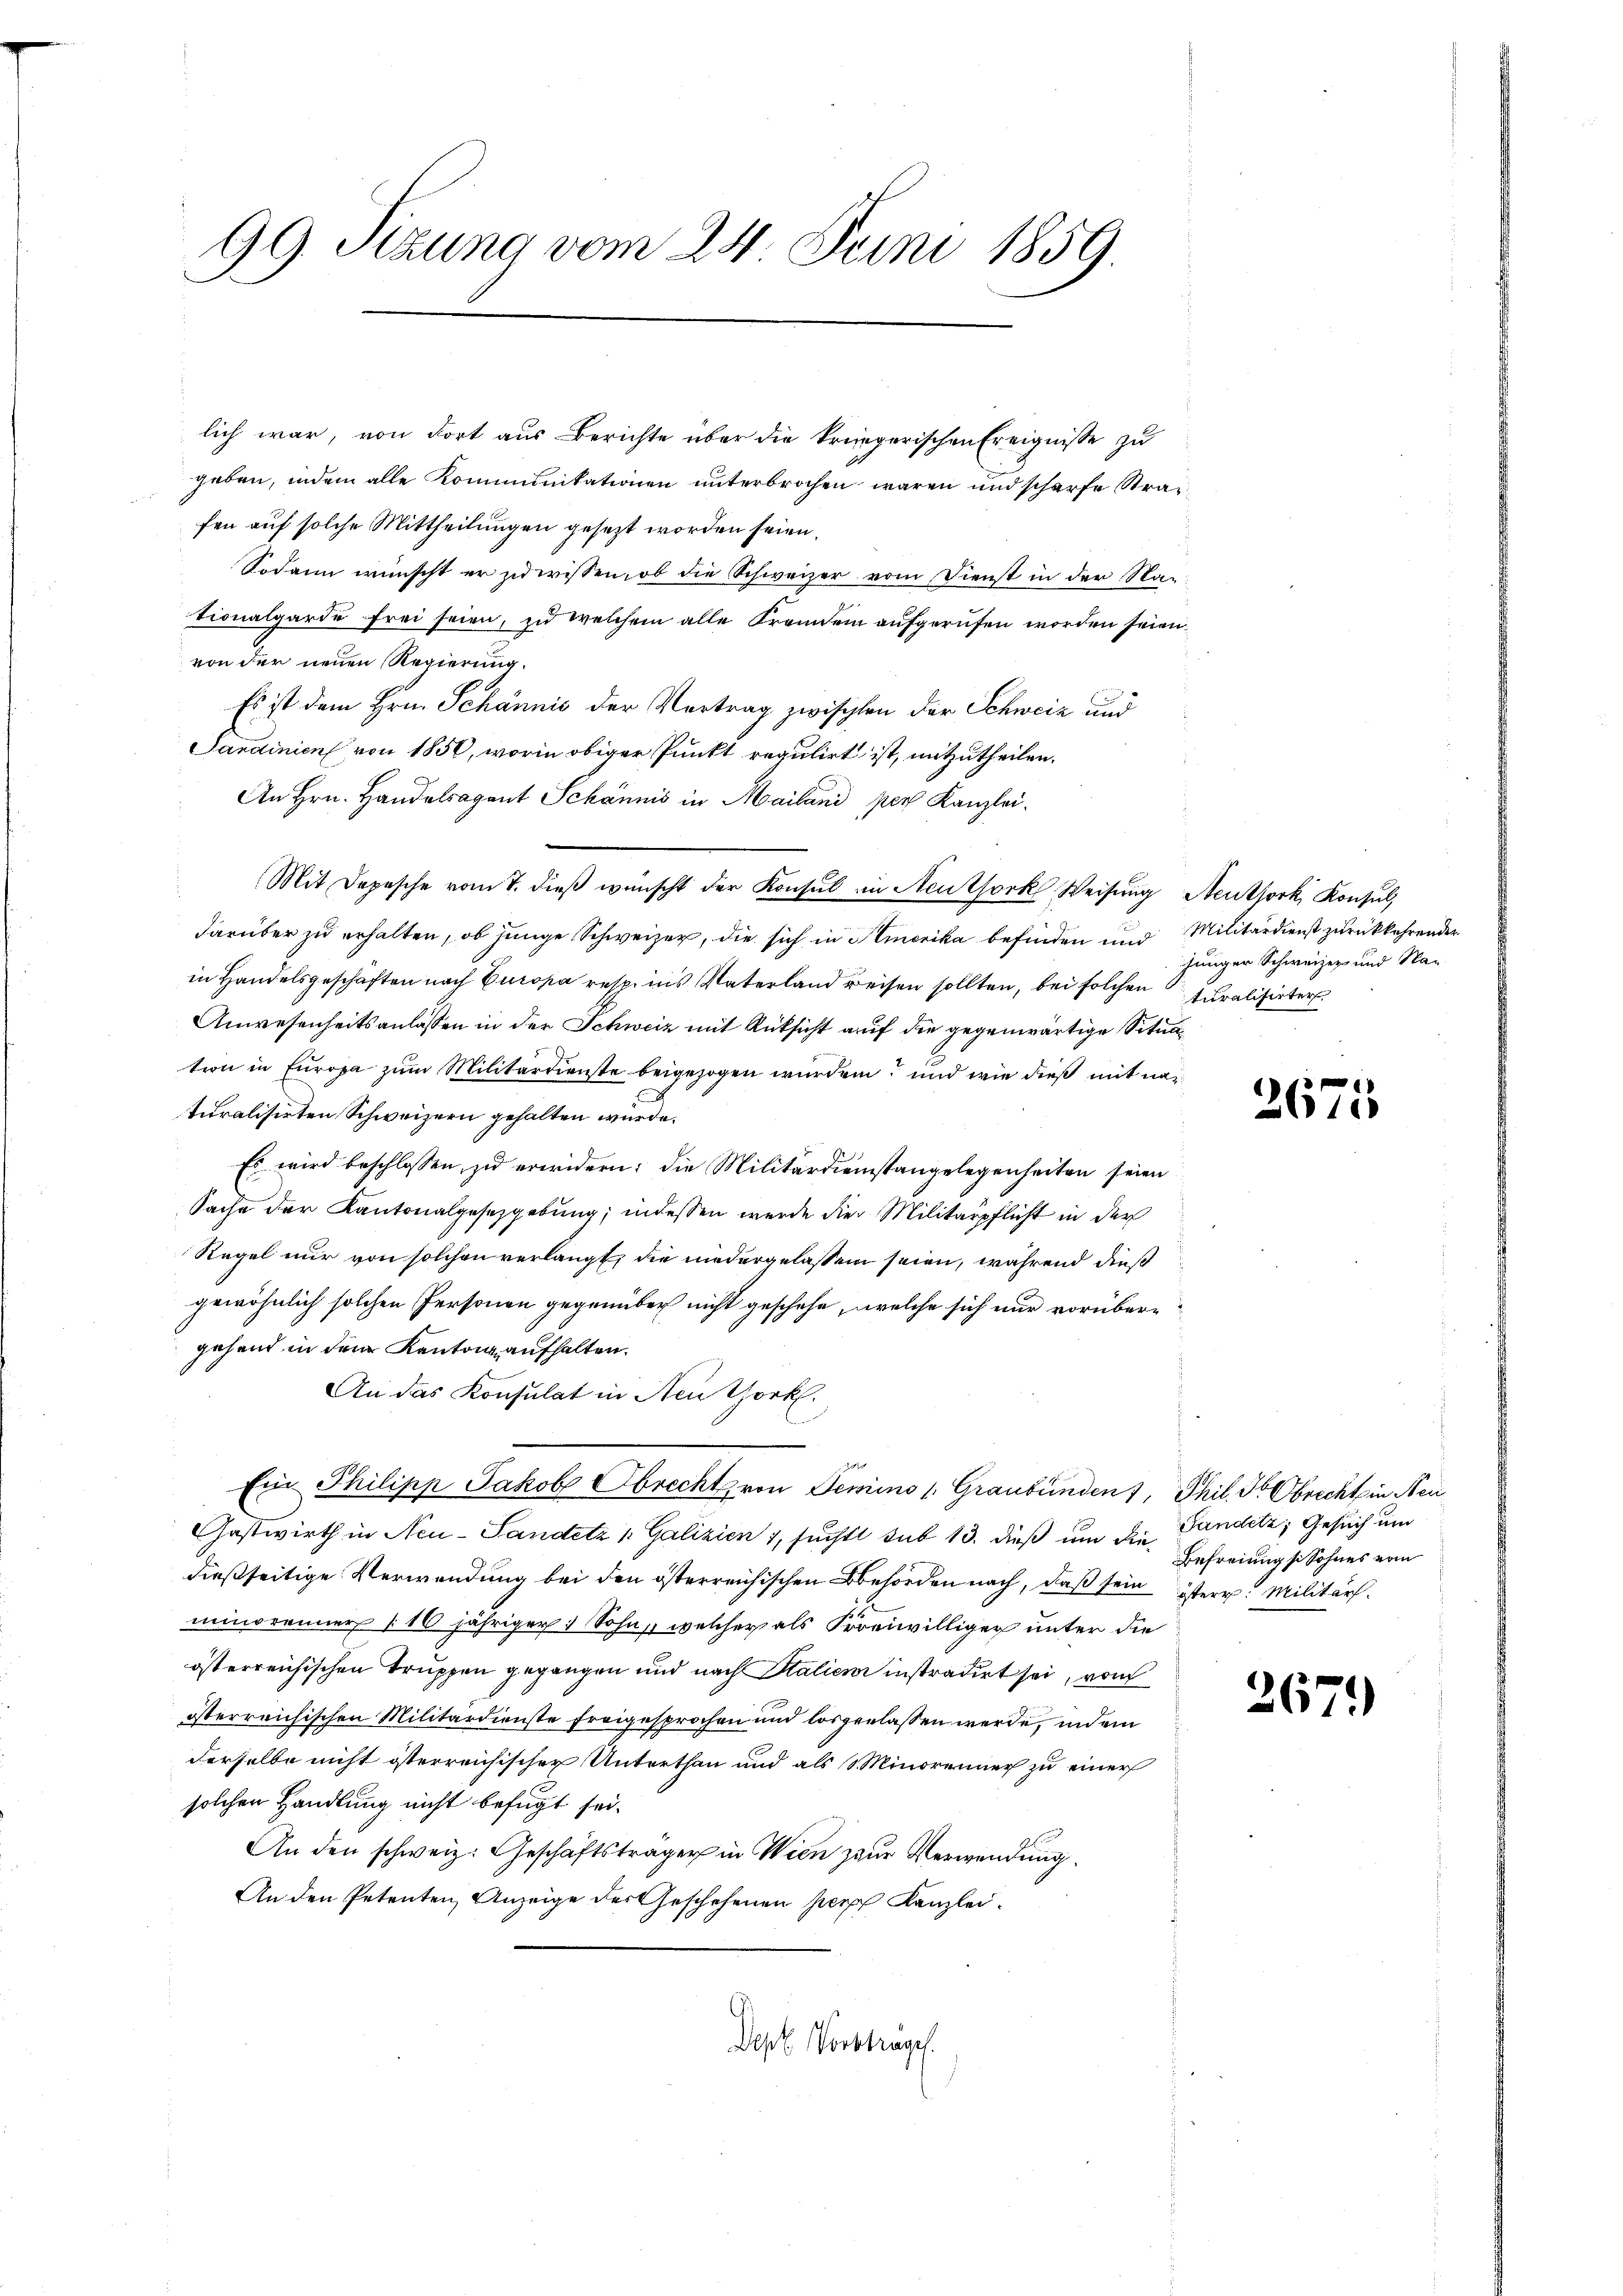
99. Sizung vom 24. Juni 1859.
.

lich war, von dort aus Berichte über die kriegerischen Ereignisse zu
geben, indem alle Kommunikationen unterbrochen waren und scharfe Strafen auf solche Mittheilungen gesezt worden seien.
Sodann wünscht er zu wissen, ob die Schweizer vom Dienst in der Na-
tionalgarde frei seien, zu welchem alle Fremden aufgerufen worden seien.
von der neuen Regierung.
Es ist dem Hrn. Schännis der Vortrag zwischten der Schweiz und
Sandinien von 1850, worin obiger Punkt regulirt ist, mitzutheilen.
An Hrn. Handelsagent Schännis in Mailand per Kanzlei¬
Mit Depesche vom 7. dieβ wünscht der Konsul in Neuthork Weisung Neuthork, Konsul,
darüber zu erhalten, ob junge Schweizer, die sich in Amerika befinden und Militärdienst zurückkehrender
in Handelsgeschäften nach Europa resp. ins Vaterland reisen sollten, bei solchen Juralisirter
Anwesenheitsanlassen in der Schweiz mit Rüksicht auf die gegenwärtige Situation in Europa zum Militärdienste beigezogen wurden? und wie dieß mit nac
turalisirten Schweizern gehalten würde.
Es wird beschlossen zu erwidern; die Militärdienstangelegenheiten seien
Sache der Kantonalgesetzgebung, indessen werde die Militärpflicht in der
Regel nur von solchen verlangt, die niedergelassen seien, während dieß
gewöhnlich solchen Personen gegenüber nicht geschehe, welche sich nur vorübergehend in dem Kantons aufhalten.
An das Konsulat in Neuthork
Ein Philipp Jakob Abrecht von Semino /: Graubünden), Phil. Der Obrecht in Neu¬
Gastwirth in Neu-Sandetz 1 Galizien 1, sucht sub 13. dieß um diedießseitige Verwendung bei den österreichischen Behörden nach, daß sein östere Militärminorenner 16 jähriger Sohn, welcher als Freiwilliger unter die
österreichischen Truppen gegangen und nach Stalien instradirt sei, vom
österreichischen Militärdienste freigesprochen und losgelassen werde, indem
derselbe nicht österreichischer Unterthan und als Minorenner zu einer
solchen Handlung nicht befügt sei.
An den schweiz. Geschäftsträger in Wien zur Verwendung
An den Petenten Anzeige des Geschehenen per Kanzlei¬
Dept. Vorträge.

junger Schweizer und Na¬

2675

Pandetz, Gesuch und
Befreiung sie Sohnes vom

2671)